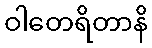
ဝါတေရိတာနိ